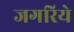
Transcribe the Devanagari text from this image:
जगरिये